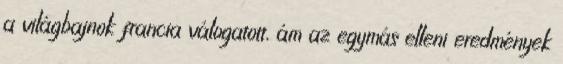
a világbajnok francia válogatott, ám az egymás elleni eredmények